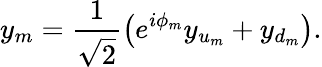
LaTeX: y_{m}=\frac{1}{\sqrt{2}}\left(e^{i\phi_{m}}y_{u_{m}}+y_{d_{m}}\right).